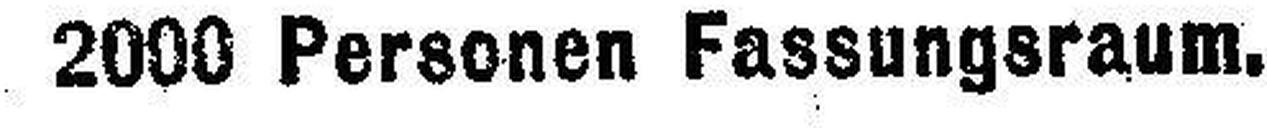
2008 Personen Fassungsraum.